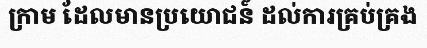
ក្រាម ដែលមានប្រយោជន៍ ដល់ការគ្រប់គ្រង